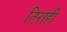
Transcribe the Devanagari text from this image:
तिराही